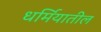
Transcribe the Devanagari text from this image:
धर्मियातील